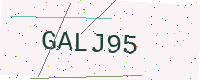
Text: GALJ95